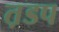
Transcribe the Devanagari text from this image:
त़डप